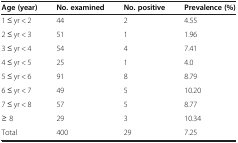
| Age (year) | No. examined | No. positive | Prevalence (%) |
 | --- | --- | --- | --- |
 | 1 ≤ yr < 2 | 44 | 2 | 4.55 |
 | 2 ≤ yr < 3 | 51 | 1 | 1.96 |
 | 3 ≤ yr < 4 | 54 | 4 | 7.41 |
 | 4 ≤ yr < 5 | 25 | 1 | 4.0 |
 | 5 ≤ yr < 6 | 91 | 8 | 8.79 |
 | 6 ≤ yr < 7 | 49 | 5 | 10.20 |
 | 7 ≤ yr < 8 | 57 | 5 | 8.77 |
 | ≥ 8 | 29 | 3 | 10.34 |
 | Total | 400 | 29 | 7.25 |